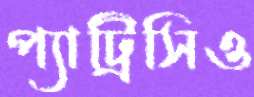
প্যাট্রিসিও